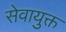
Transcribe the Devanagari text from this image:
सेवायुक्त